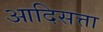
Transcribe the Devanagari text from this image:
आदिसत्ता